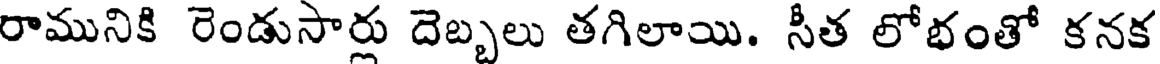
రామునికి రెండుసార్లు దెబ్బలు తగిలాయి. సీత లోభంతో కనక